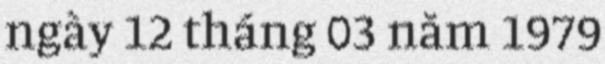
ngày 12 tháng 03 năm 1979